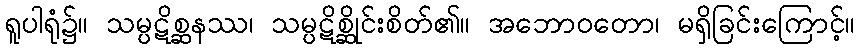
ရူပါရုံ၌။ သမ္ပဋိစ္ဆနဿ၊ သမ္ပဋိစ္ဆိုင်းစိတ်၏။ အဘောဝတော၊ မရှိခြင်းကြောင့်။